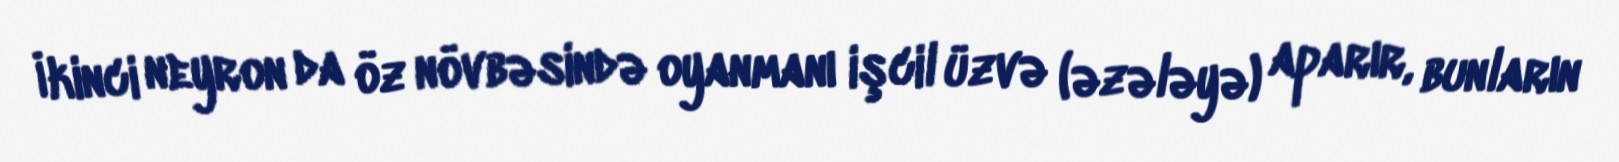
İkinci neyron da öz növbəsində oyanmanı işcil üzvə (əzələyə) aparır, bunların